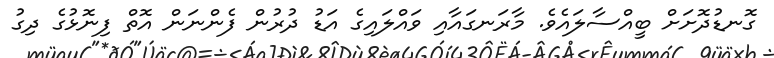
ގޮނޑުދޮށަށް ބީއްސާލައެވެ. މާރަނގައާއި ވައްލައިގެ އަޑު ދުރުން ފެންނަން އޮތް ފިނޮޅުގެ ދިގު